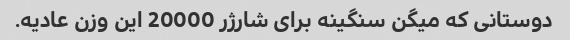
دوستانی که میگن سنگینه برای شارژر 20000 این وزن عادیه.